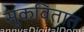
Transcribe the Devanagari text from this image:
सुकवितात